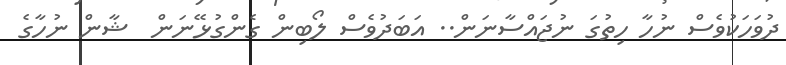
ދުވަހަކުވެސް ނުހާ ހިތުގަ ނުޖައްސާނަން.. އަބަދުވެސް ލޯބިން ގެންގުޅޭނަން  ޝާން ނުހާގެ